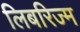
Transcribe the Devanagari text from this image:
लिबरिज्म